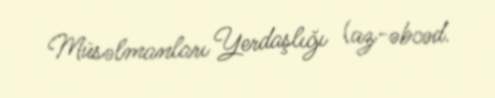
Müsəlmanları Yerdaşlığı (az-əbcəd.